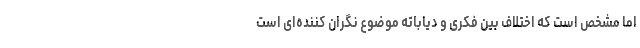
اما مشخص است که اختلاف بین فکری و دیاباته موضوع نگران کننده‌ای است